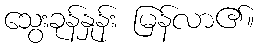
သွေးခုန်နှုန်း မြန်လာ၏။